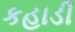
કહાડી